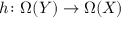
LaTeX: h \colon \Omega ( Y ) \to \Omega ( X )